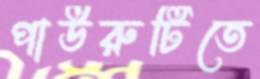
পাউরুটিতে